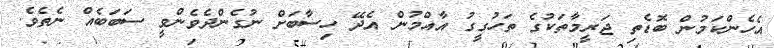
އެހެންކަމުން ބޮޑެތި ޖަރީމާތަކުގެ ތަހުގީގު އާއްމުން އެދޭ ހިސާބަށް ނުގެންދެވެންވީ ސަބަބެއް ނެތެވެ.